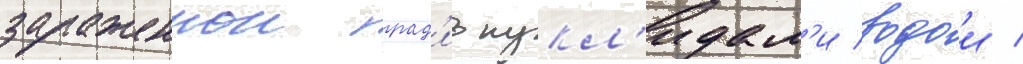
зараженнои рад'ионукл'идам'и водои /